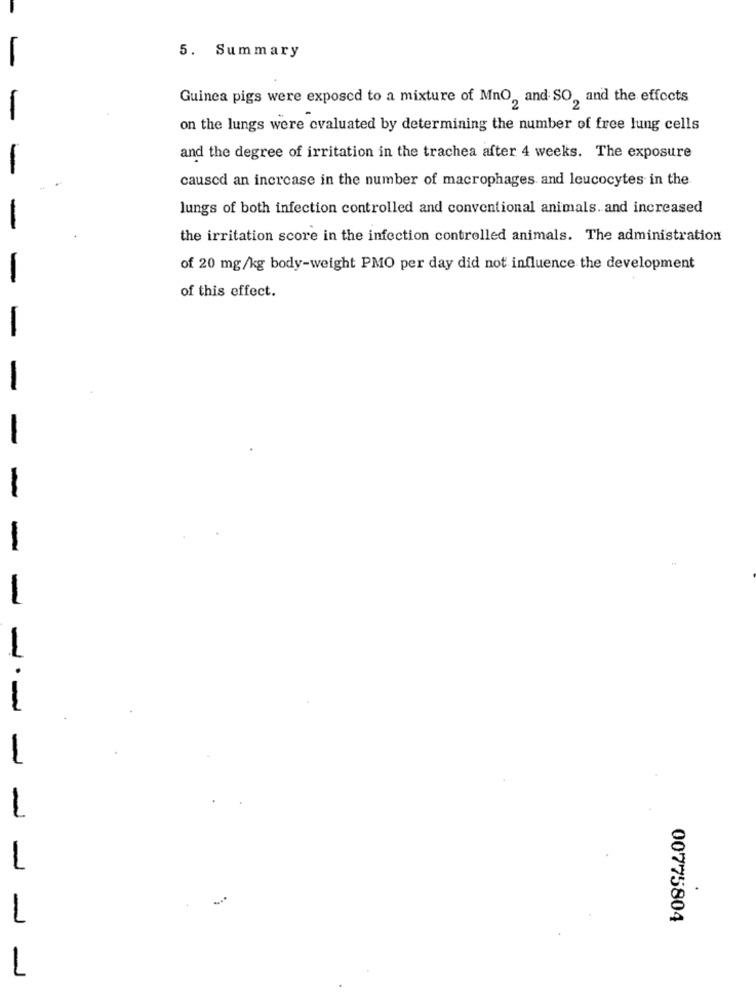
5. Summary
Guinea pigs were exposed to a mixture of MnO, and SO, and the effects
on the lungs were evaluated by determining the number of free lung cells
and the degree of irritation in the trachea after 4 weeks. The exposure
caused an increase in the number of macrophages and leucocytes in the
lungs of both infection controlled and conventional animals. and increased
-
the irritation score in the infection controlled animals. The administration
of 20 mg/kg body-weight PMO per day did not influence the development
of this effect.
-
-
-
--
1
.
1
00775804
1